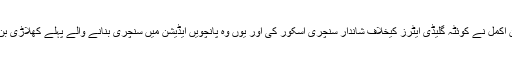
کامران اکمل نے کوئٹہ گلیڈی ایٹرز کیخلاف شاندار سنچری اسکور کی اور یوں وہ پانچویں ایڈیشن میں سنچری بنانے والے پہلے کھلاڑی بن گئے۔